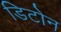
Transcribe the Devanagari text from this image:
डिटोन